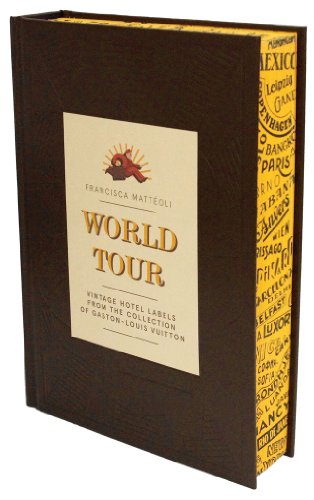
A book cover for World Tour: Vintage Hotel Labels from the Collection of Gaston-Louis Vuitton; Francisca Matteoli; Crafts, Hobbies & Home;